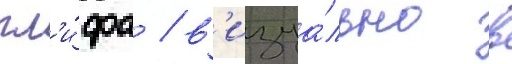
гл'и́фа / в'изуа́льно в